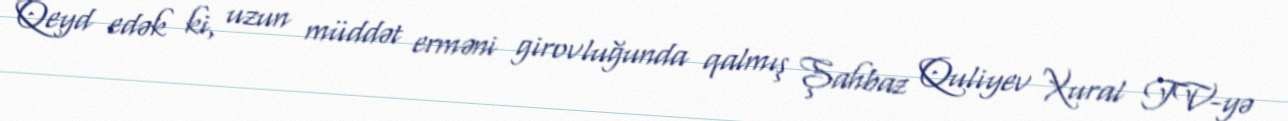
Qeyd edək ki, uzun müddət erməni girovluğunda qalmış Şahbaz Quliyev Xural TV-yə